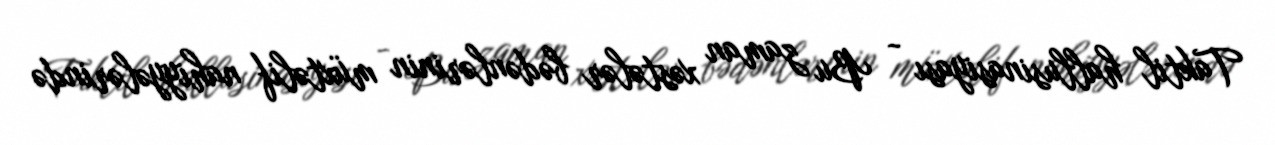
Taktil hallusinasiyası - Bu zaman xəstələr bədənlərinin müxtəlif nahiyyələrində